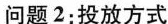
问题2：投放方式